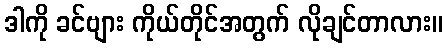
ဒါကို ခင်ဗျား ကိုယ်တိုင်အတွက် လိုချင်တာလား။